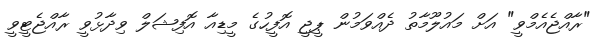
"ރާއްޖެއެމްވީ" އަށް މައުލޫމާތު ދެއްވަމުން ޕީޖީ އޮފީހުގެ މީޑިއާ އޮފިޝަލް ވިދާޅުވީ ރާއްޖެޓީވީ